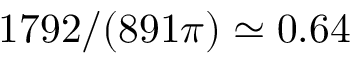
{ \displaystyle 1 7 9 2 / ( 8 9 1 \pi ) } \simeq 0 . 6 4